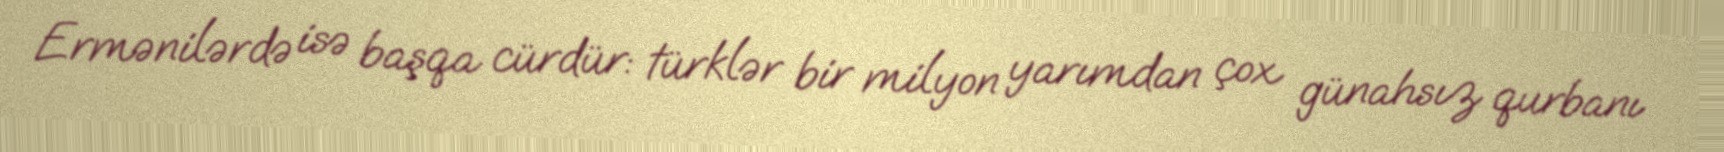
Ermənilərdə isə başqa cürdür: türklər bir milyon yarımdan çox günahsız qurbanı